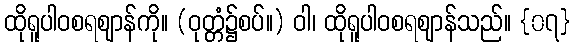
ထိုရူပါဝစရဈာန်ကို။ (ဝုတ္တံ၌စပ်။) ဝါ၊ ထိုရူပါဝစရဈာန်သည်။ {၀၇}